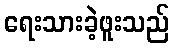
ရေးသားခဲ့ဖူးသည်